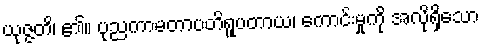
ယုဇ္ဇတိ၊ ၏။ ပုညကာမတာပတိရူပတာယ၊ ကောင်းမှုကို အလိုရှိသော